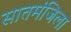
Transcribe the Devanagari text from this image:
सातमंजिला